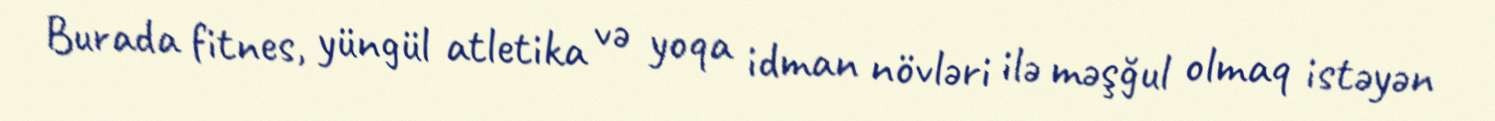
Burada fitnes, yüngül atletika və yoqa idman növləri ilə məşğul olmaq istəyən